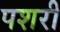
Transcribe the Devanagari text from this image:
पशरी